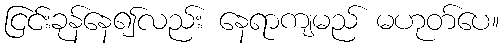
ငြင်းခုန်နေ၍လည်း နေရာကျမည် မဟုတ်ပေ။